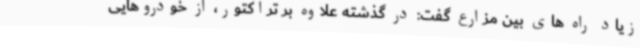
زیاد راه های بین مزارع گفت: در گذشته علاوه بر تراکتور، از خودروهایی